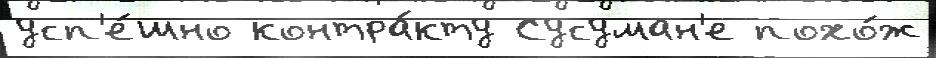
усп'е́шно контра́кту Сусуман'е похо́ж